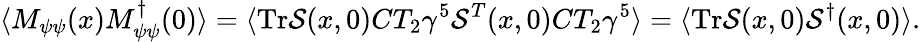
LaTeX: \langle M_{\psi\psi}(x)M_{\psi\psi}^{\dagger}(0)\rangle=\langle\mathrm{Tr}{\cal S}(x,0)CT_{2}\gamma^{5}{\cal S}^{T}(x,0)CT_{2}\gamma^{5}\rangle=\langle\mathrm{Tr}{\cal S}(x,0){\cal S}^{\dagger}(x,0)\rangle.